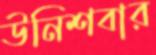
উনিশবার